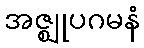
အဇ္ဈုပဂမနံ